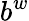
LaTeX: b^{w}